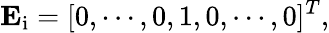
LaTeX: \mathbf{E}_{\mathrm{i}}=[0,\cdots,0,1,0,\cdots,0]^{T},